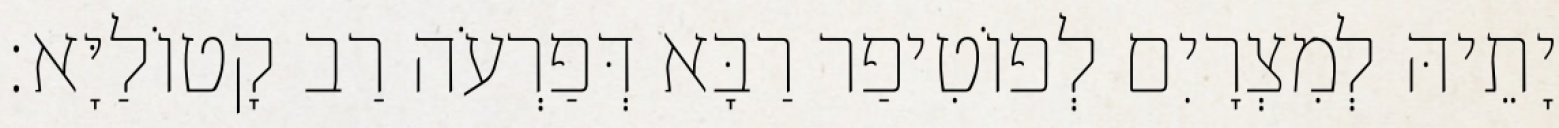
יָתֵיהּ לְמִצְרָיִם לְפוֹטִיפַר רַבָּא דְּפַרְעֹה רַב קָטוֹלַיָּא׃